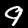
Label: 9